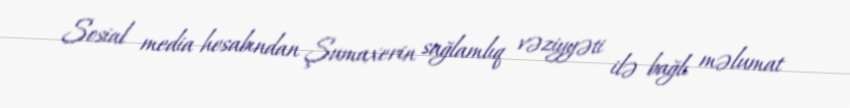
Sosial media hesabından Şumaxerin sağlamlıq vəziyyəti ilə bağlı məlumat